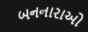
બનનારાઓ